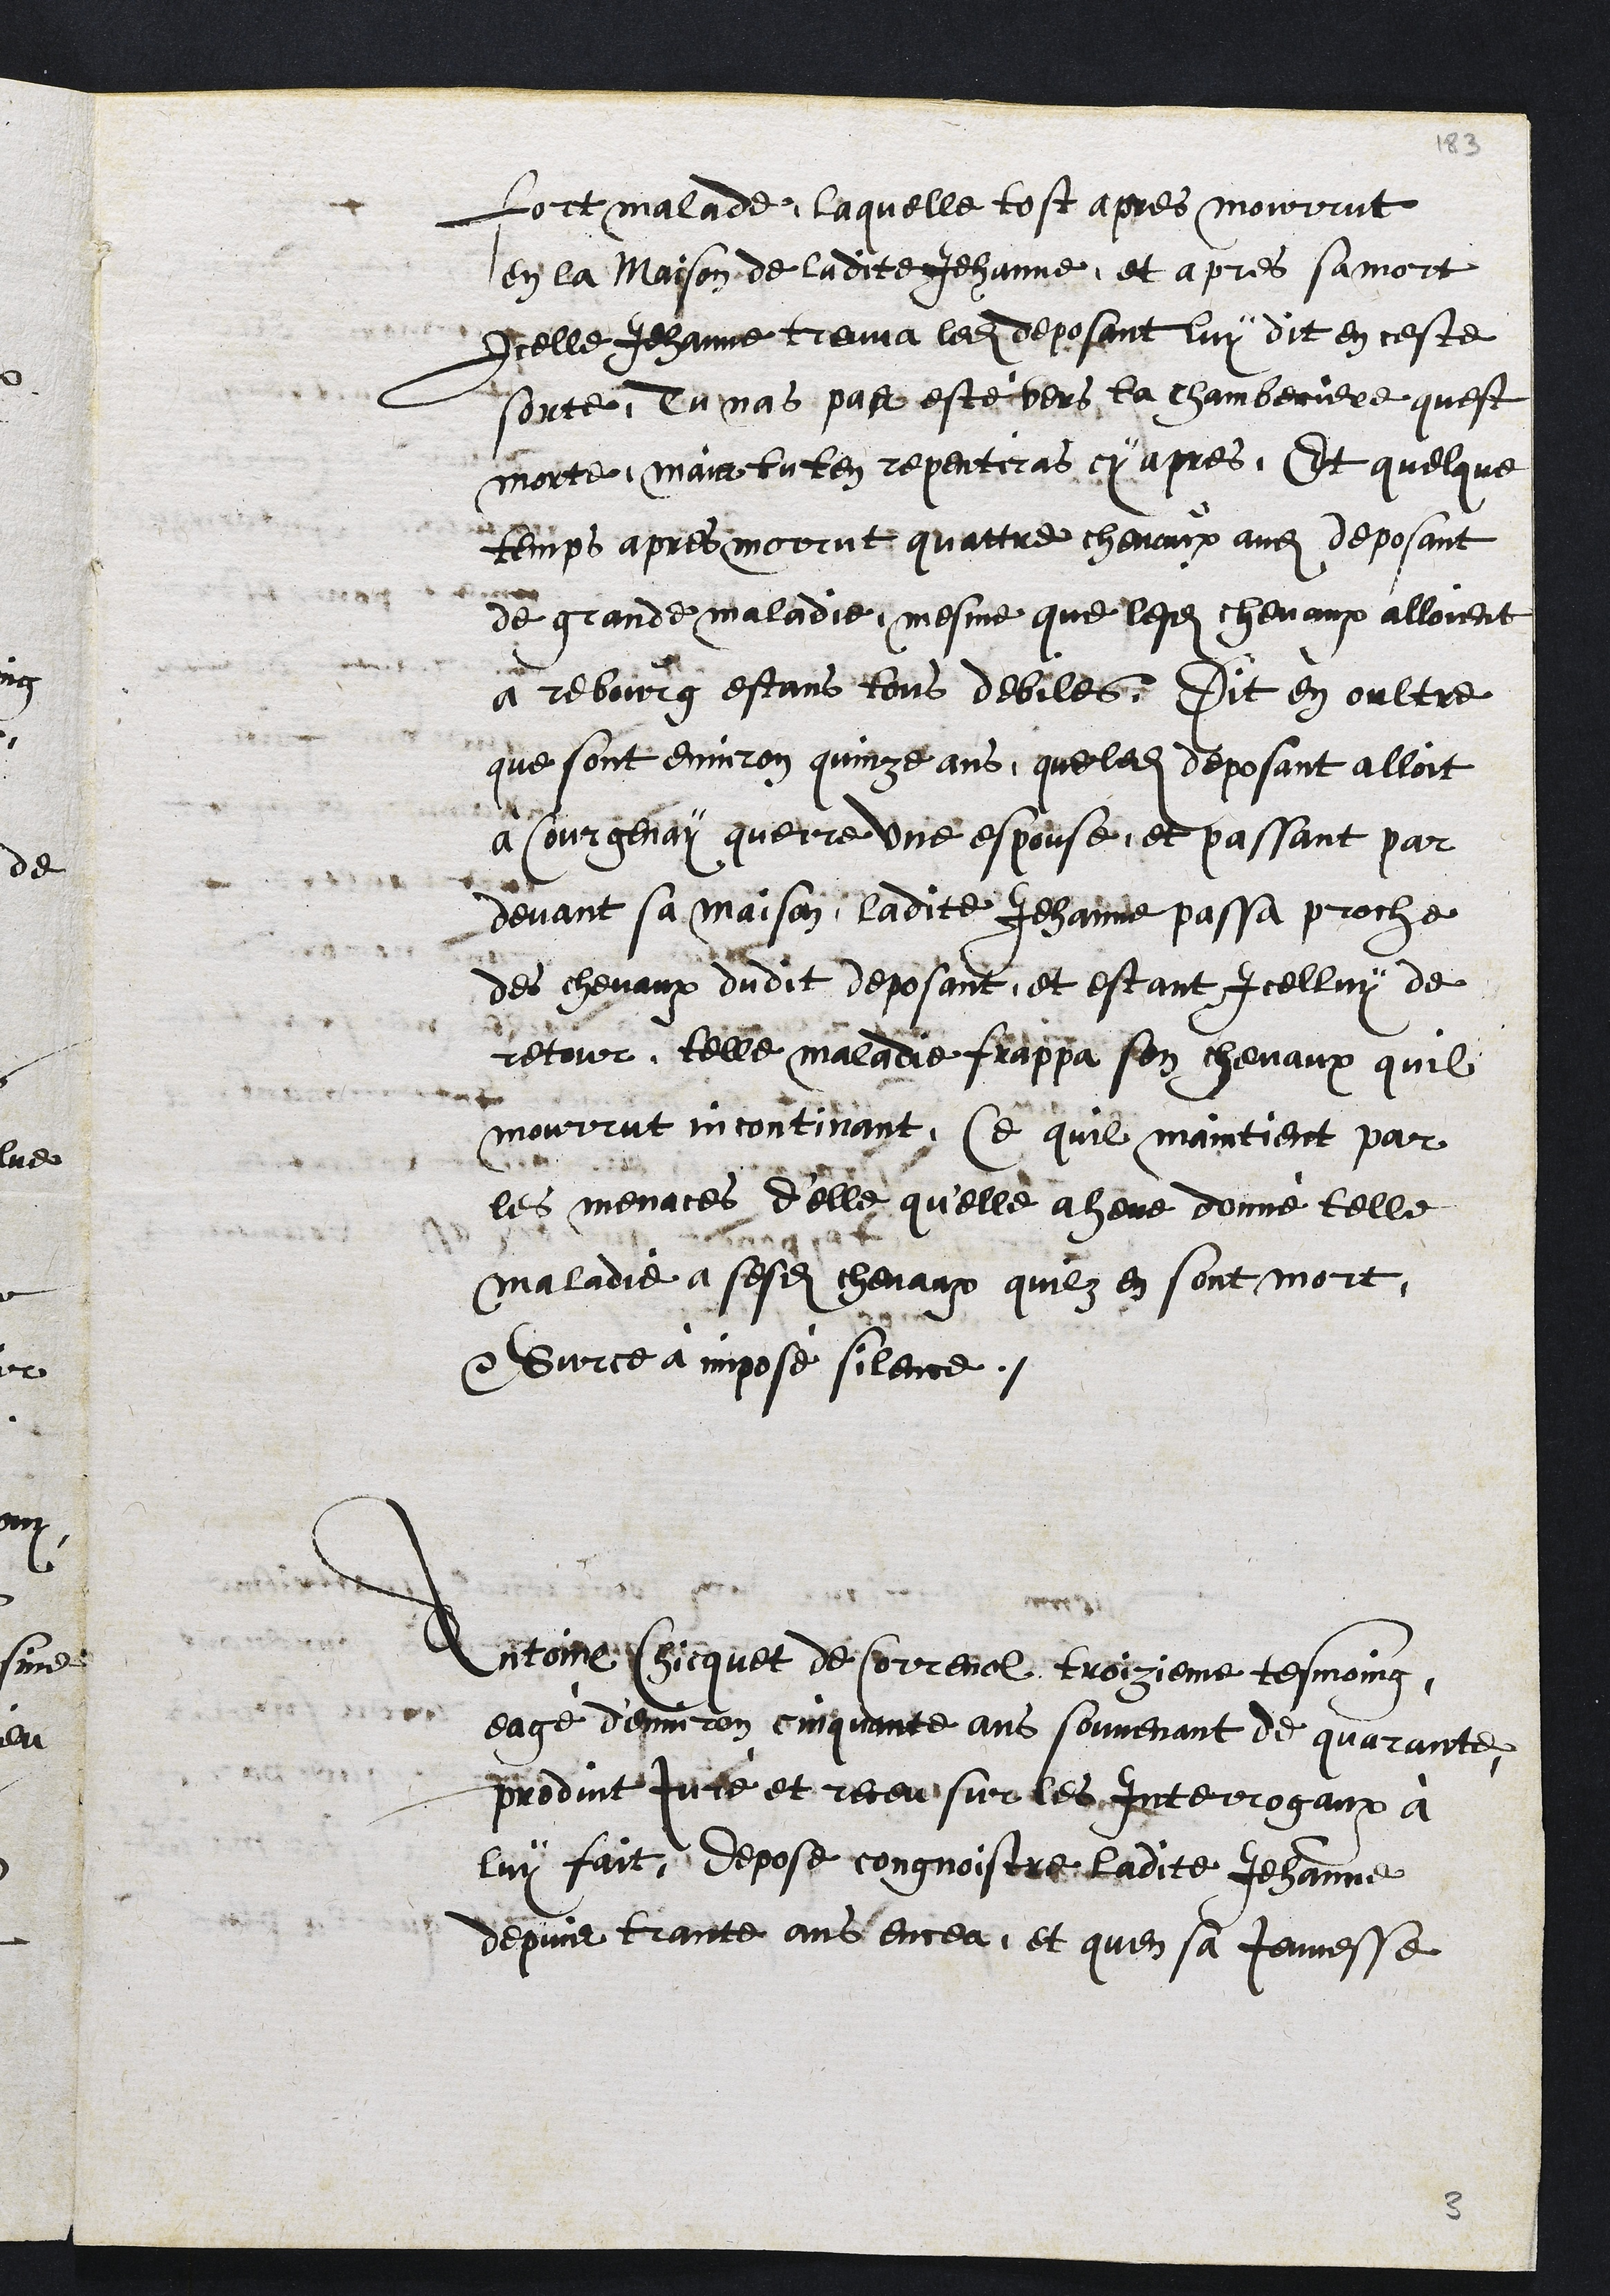
Lort malade, laquelle tost apres mourrut
en la maison de ladite Jehanne et apres sa mort
Icelle Jehanne treuva ledit deposant luy dit en ceste
sonte, Tu mas pas este vers la chamberiere quest
morte, mair tu ten repentiras cy apres. Et quelque
temps apres morut quattre chevaux audit deposant
de grande maladie, mesme que lesdites chevaux alloient
a rebourg estans tous debiles. Dit en oultre
que sont environ quinze ans, que ledite deposant alloit
a sourgenay querre une espouse, et passant par
devant sa maison, ladite Jehanne passa proche
des chevaux dudit deposant, et estant icelluy de
retour, telle maladie frappa son chevaux quil
mourrut incontinant, Ce quil maintient par
les menaces d'elle qu'elle aheue donne telle
maladie a sesdits chevaux quilz en sont mort,
Sur ce a mpose silence.
Antoine Chicquet de sorrenol troizieme tesmoing
eage denviron cinquante ans souvenant de quarante
predint juté et receu sur les Interrogaux à
luy fait depose congnoistre ladite Jehanne
depuis trante ans encea, et quen sa Jounesse

8